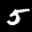
Label: 5